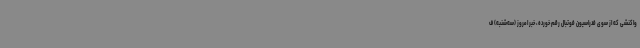
واکنشی که از سوی فدراسیون فوتبال رقم خورده، خبر امروز (سه‌شنبه) ف